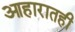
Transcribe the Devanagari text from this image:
आहारातही